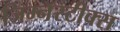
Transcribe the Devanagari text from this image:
जिम्नॅस्टीक्स